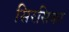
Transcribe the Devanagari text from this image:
सिरसिका